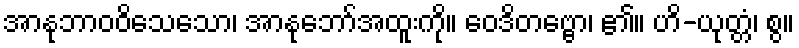
အာနုဘာဝဝိသေသော၊ အာနုဘော်အထူးကို။ ဝေဒိတဗ္ဗော၊ ၏။ ဟိ-ယုတ္တံ၊ စွ။